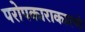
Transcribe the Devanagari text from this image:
परोपकाराकारणे